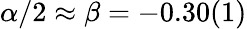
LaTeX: \alpha/2\approx\beta=-0.30(1)